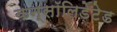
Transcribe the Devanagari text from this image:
कन्सॉलिडेटेड